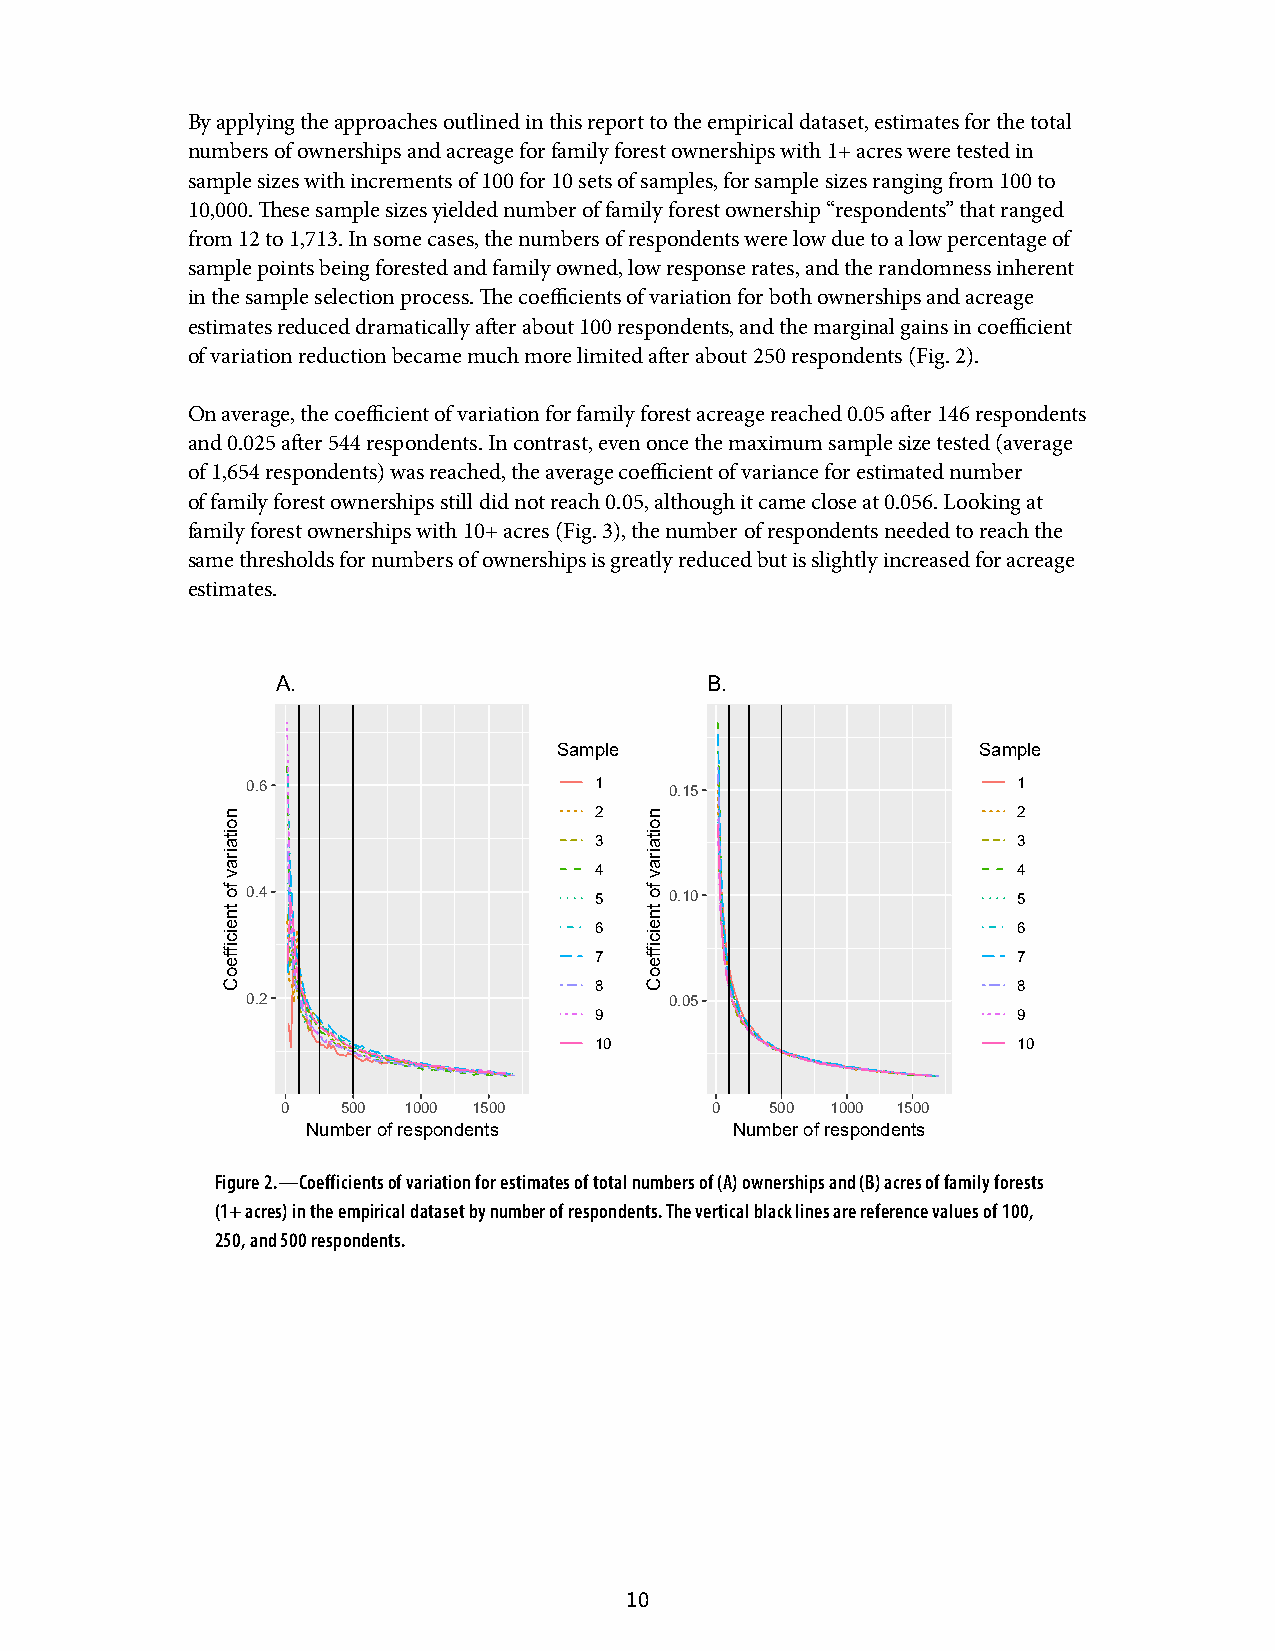
By applying the approaches outlined in this report to the empirical dataset, estimates for the total
 numbers of ownerships and acreage for family forest ownerships with 1+ acres were tested in
 sample sizes with increments of 100 for 10 sets of samples, for sample sizes ranging from 100 to
 10,000. These sample sizes yielded number of family forest ownership “respondents” that ranged
 from 12 to 1,713. In some cases, the numbers of respondents were low due to a low percentage of
 sample points being forested and family owned, low response rates, and the randomness inherent
 in the sample selection process. The coefficients of variation for both ownerships and acreage
 estimates reduced dramatically after about 100 respondents, and the marginal gains in coefficient
 of variation reduction became much more limited after about 250 respondents (Fig. 2).
 On average, the coefficient of variation for family forest acreage reached 0.05 after 146 respondents
 and 0.025 after 544 respondents. In contrast, even once the maximum sample size tested (average
 of 1,654 respondents) was reached, the average coefficient of variance for estimated number
 of family forest ownerships still did not reach 0.05, although it came close at 0.056. Looking at
 family forest ownerships with 10+ acres (Fig. 3), the number of respondents needed to reach the
 same thresholds for numbers of ownerships is greatly reduced but is slightly increased for acreage
 estimates.
 A.                           B.
 Sample                      Sample
 0.6                    1    0.15                   1
 2                           2
 3                           3
 4                           4
 0.4                    5    0.10                   5
 6                           6
 7                           7
 8                           8
 0.2                         0.05
 9                           9
 10                          10
 0   500 1000 1500           0   500 1000 1500
 Number of respondents        Number of respondents
 Figure 2.—Coefficients of variation for estimates of total numbers of (A) ownerships and (B) acres of family forests
 (1+ acres) in the empirical dataset by number of respondents. The vertical black lines are reference values of 100,
 250, and 500 respondents.
 10
 noitairav
 fo
 tneiciffeoC
 noitairav
 fo
 tneiciffeoC